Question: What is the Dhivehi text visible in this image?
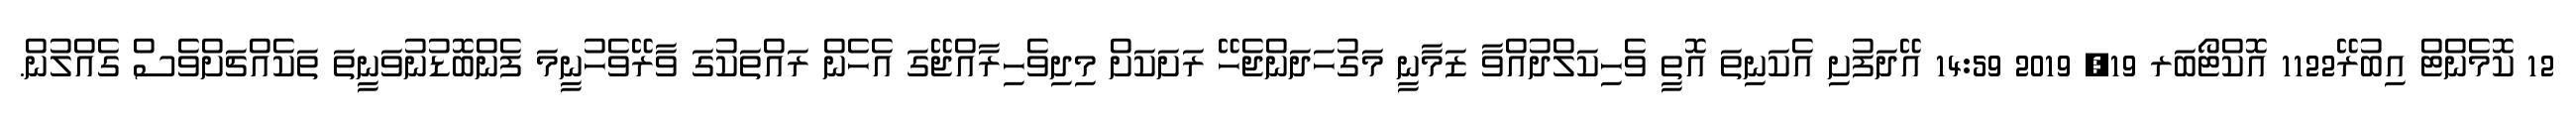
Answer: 12 ކޮމެންޓް އިބުރޭ1122 އޮކްޓޯބަރ 19, 2019 14:59 އޭދަފުށި އެކަނިތަ އޮތީ ވެހިކަލްދުއްވާ ޒަމާނީ މަގުހަދަންޖެހޭ ރަށަކަށް މިދިވެހިރާއްޖޭގަ އެހެން ރައްތަކުގަ ވާރޭވެހުނީމަ ފެންބޮޑުނުވަނީތަ ތަކެއްޗަށްވެސް ގެއްލުން.